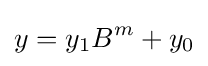
y=y_{1}B^{m}+y_{0}